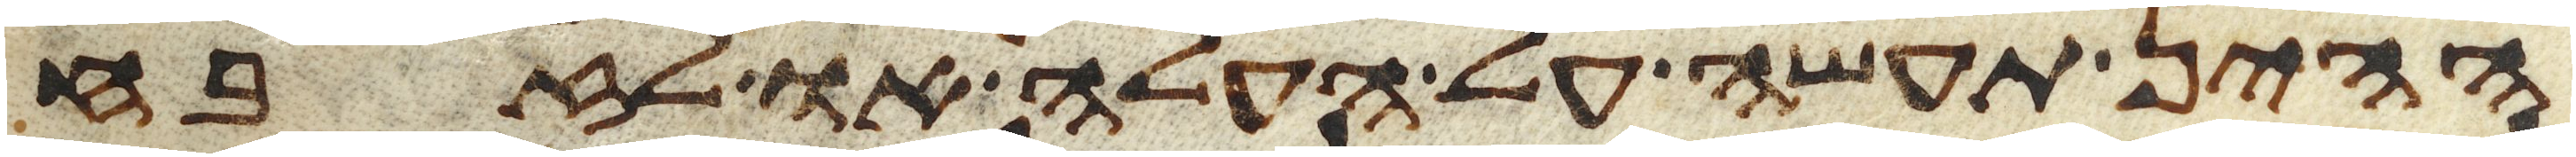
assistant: ההין תעשה על העלה או לזבח